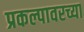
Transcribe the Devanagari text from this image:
प्रकल्पावरच्या